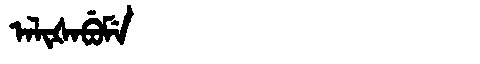
Manchu: ᠠᠯᡳᡧᠠᠪᡠᠮᡝ
Romanization: ALIŠABUME